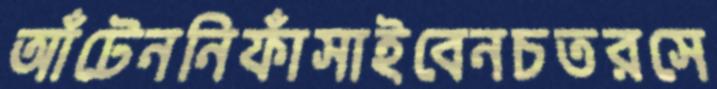
আঁটেননিফাঁসাইবেনচতরসে